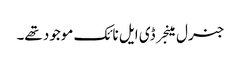
جنرل مینجر ڈی ایل نائک موجود تھے۔